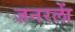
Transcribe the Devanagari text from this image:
जनरलाें